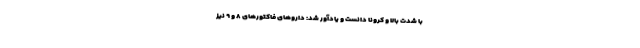
با شدت بالا و کرونا دانست و یادآور شد: داروهای فاکتورهای ۸ و ۹ نیز